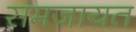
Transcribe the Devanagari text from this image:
समजायत